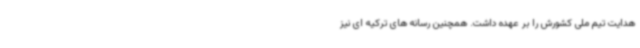
هدایت تیم ملی کشورش را بر عهده داشت. همچنین رسانه های ترکیه ای نیز